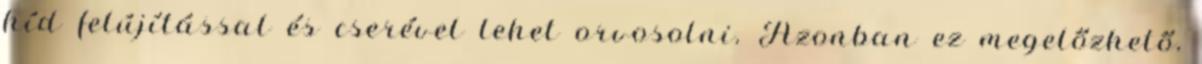
híd felújítással és cserével lehet orvosolni. Azonban ez megelőzhető,